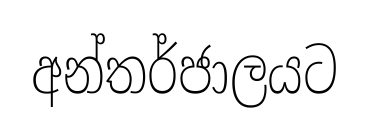
අන්තර්ජාලයට